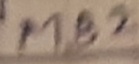
Text: MB2